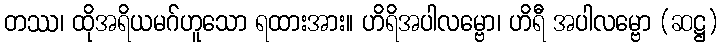
တဿ၊ ထိုအရိယမဂ်ဟူသော ရထားအား။ ဟိရိအပါလမ္ဗော၊ ဟိရီ အပါလမ္ဗော (ဆဋ္ဌ)